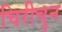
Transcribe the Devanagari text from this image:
चिरीचुन